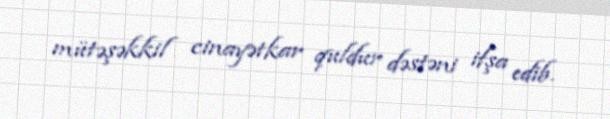
mütəşəkkil cinayətkar quldur dəstəni ifşa edib.